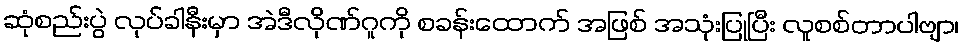
ဆုံစည်းပွဲ လုပ်ခါနီးမှာ အဲဒီလိုဏ်ဂူကို စခန်းထောက် အဖြစ် အသုံးပြုပြီး လူစစ်တာပါဗျာ၊